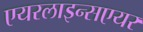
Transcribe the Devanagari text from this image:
एयरलाइन्सएयर